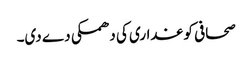
صحافی کو غداری کی دھمکی دے دی۔